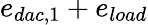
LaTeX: e_{dac,1}+e_{load}